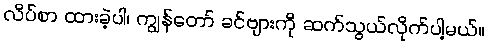
လိပ်စာ ထားခဲ့ပါ၊ ကျွန်တော် ခင်ဗျားကို ဆက်သွယ်လိုက်ပါ့မယ်။